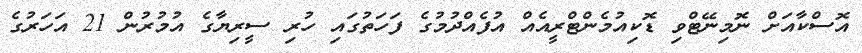
އޮސްކާއަށް ނޮމިނޭޓްވި ޑޮކިއުމެންޓްރީއެއް އުފެއްދުމުގެ ފަހަތުގައި ހުރި ސީރިޔާގެ އުމުރުން 21 އަހަރުގެ